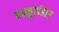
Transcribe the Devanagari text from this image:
वस्तुभंडार